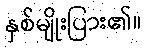
နှစ်မျိုးပြား၏။